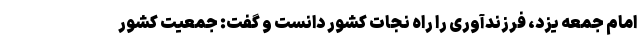
امام جمعه یزد، فرزندآوری را راه نجات کشور دانست و گفت: جمعیت کشور